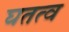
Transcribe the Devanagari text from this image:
घतत्व